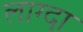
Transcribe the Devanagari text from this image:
लाग्दा